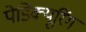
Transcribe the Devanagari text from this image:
पेडिक्यूरिंग